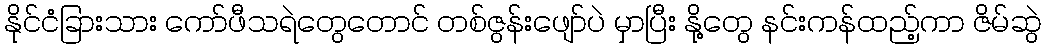
နိုင်ငံခြားသား ကော်ဖီသရဲတွေတောင် တစ်ဇွန်းဖျော်ပဲ မှာပြီး နို့တွေ နင်းကန်ထည့်ကာ ဇိမ်ဆွဲ